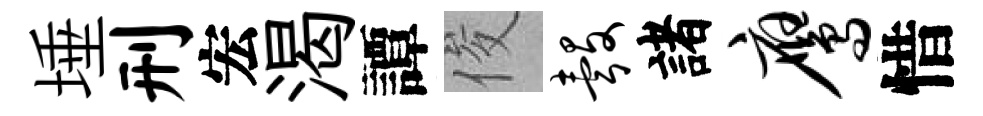
埵刑宏渴譚俊彀諸鹰惜